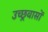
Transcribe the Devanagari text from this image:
उच्छ्रवासों